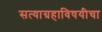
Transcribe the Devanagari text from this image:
सत्याग्रहाविषयीचा